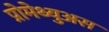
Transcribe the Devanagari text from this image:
प्रोमेथ्युअस